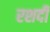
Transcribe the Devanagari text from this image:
रशदी